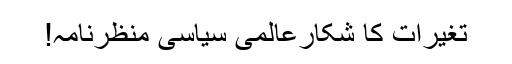
تغیرات کا شکارعالمی سیاسی منظرنامہ!